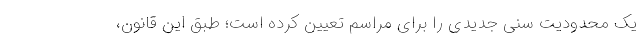
یک محدودیت سنی جدیدی را برای مراسم تعیین کرده است؛ طبق این قانون،